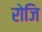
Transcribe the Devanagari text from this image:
रोजि